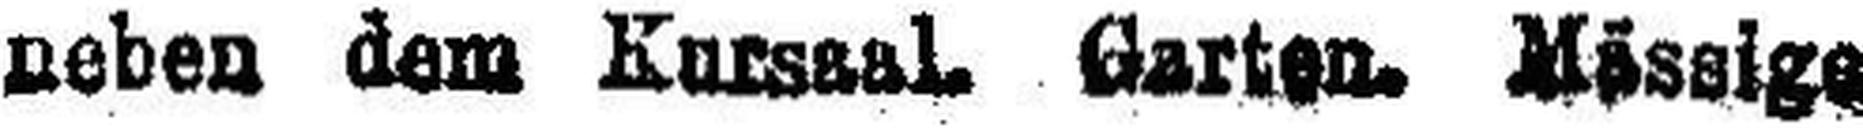
neben dem Garten. Mässige